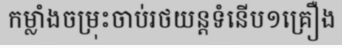
កម្លាំងចម្រុះចាប់រថយន្តទំនើប១គ្រឿង